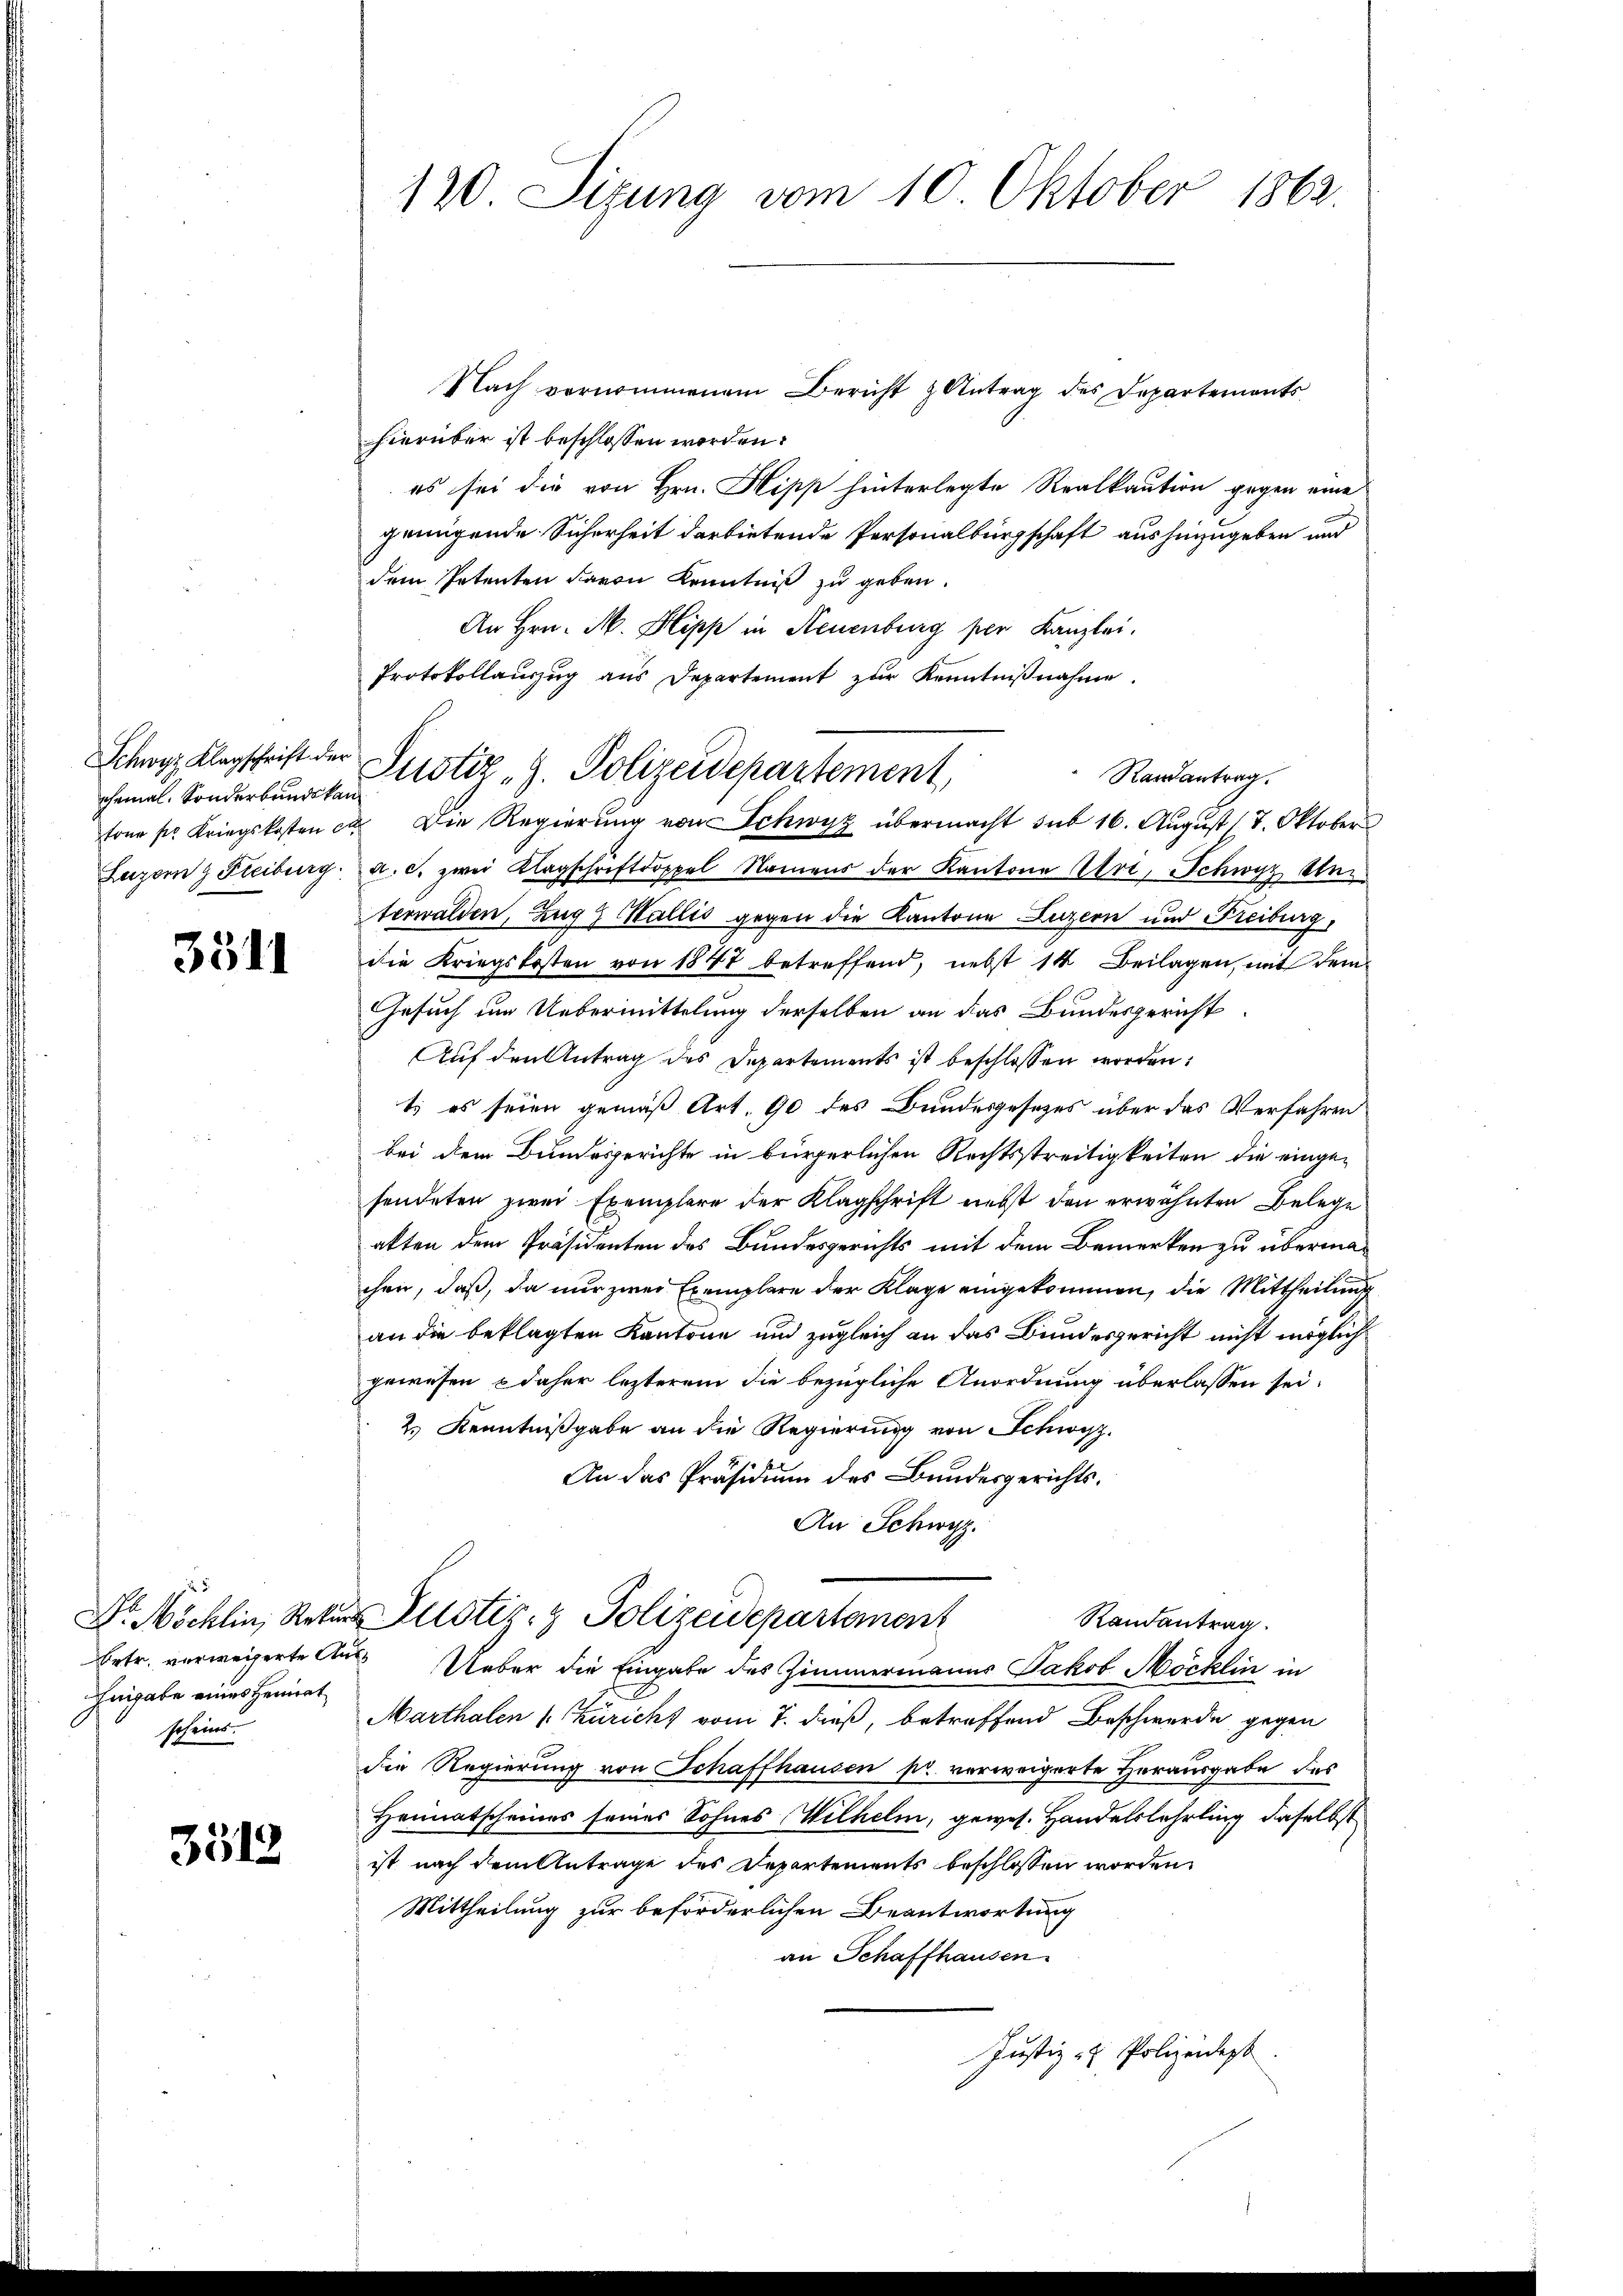
Schwyz Klagschrift der
chemal. Sonderbunde kan
Luzern Freiburg.

3511

Eingabe eines Heimat
scheins.

3512

120. Sizung vom 10. Oktober 1862.

Nach vernommenem Bericht & Antrag des Departements
hierüber ist beschlossen worden.
es sei die von Hrn. Hipp hinterlegte Realkaution gegen eine
genügende Sicherheit darbietende Personalbürgschaft aushinzugeben und
dem Petenten davon Kenntniß zu geben.
An Hrn. M. Hipp in Neuenburg per Kanzlei.
Protokollauszug aus Departement zŭr Kenntniβnahme.
Randantrag.
tone pr. Kriegskosten ca. Die Regierŭng von Schwyz übermacht sub 16. Aŭgŭst (7. Oktobers
dr. c. zwei Klagschriftdoppel Namens der Kantone Uri, Schwyz, Unterwalden, Zug 9 Wallis gegen die Kantone Luzern und Freiburg,
die Kriegskosten von 1847 betreffend, nebst 14 Beilagen, mit dem
Gesuch um Uebermittelung derselben an das Bundesgericht
Auf den Antrag des Departements ist beschlossen worden:
t, es seien gemäß Art. 90 des Bundesgesezes über das Verfahren
bei dem Bundesgerichte in bürgerlichen Rechtsstreitigkeiten die eingesendeten zwei Exemplare der Klagschrift nebst den erwähnten Belege
alten dem Präsidenten des Bundesgerichts mit dem Bemerken zu übermachen, daß, da nur zwei Exemplare der Klage eingekommen, die Mittheilung
an die beklagten Kantone und zugleich an das Bundesgericht nicht möglich
gewesen & daher lezterem die bezügliche Anordnung überlassen sei.
2.) Kenntnißgabe an die Regierung von Schwyz.
An das Präsidium des Bundesgerichts¬
An Schwyz.
Dr. Möchlin, Rekurs Pustiz- & Polizeidepartement
Randantrag.
Ertr. verweigerte Aus Ueber die Eingabe des Zimmermanns Jakob Möcklin in
Marthalen (Züricht vom 7. dieß, betreffend Beschwerde gegen
die Regierung von Schaffhausen pr. verweigerte Herausgabe das
Heimatscheines seines Sohnes Wilhelm, gewes. Handelslehrling, daselbst
ist nach dem Antrage des Departements beschlossen worden
Mittheilung zur beförderlichen Beantwortung
an Schaffhausen
Justiz- & Polizeidept

Justiz „J. Polizeidepartement,